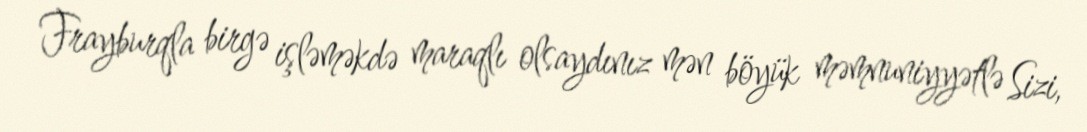
Frayburqla birgə işləməkdə maraqlı olsaydınız mən böyük məmnuniyyətlə Sizi,